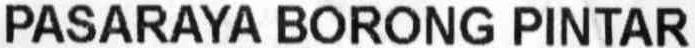
PASARAYA BORONG PINTAR